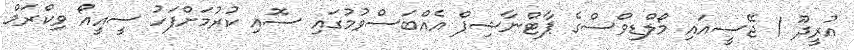
އުރީދޫ / ޖޭސީއައި މޯލްޑިވްސްގެ ޕާޓްނާޝިޕް އެއްބަސްވުމުގައި ސޮއި ކުރުމަށްފަހު ސީއީއޯ ވިކްރަމް